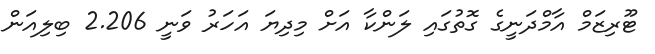
ޓޫރިޒަމް އާމްދަނީގެ ގޮތުގައި ލަންކާ އަށް މިދިޔަ އަހަރު ވަނީ 2.206 ބިލިއަން